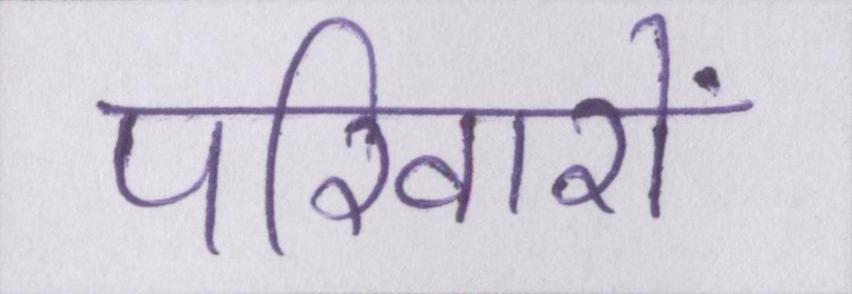
परिवारों